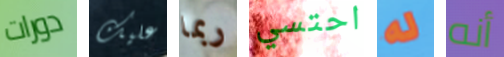
دورات عليك ربما احتسي له أنه